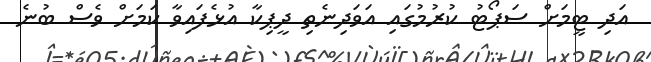
އަދި ޓީމަށް ސަޕޯޓު ކުރުމުގައި އަވަދިނެތި ދީޕިކާ އުޅެފައިވާ ކަމަށް ވެސް ބުނެ